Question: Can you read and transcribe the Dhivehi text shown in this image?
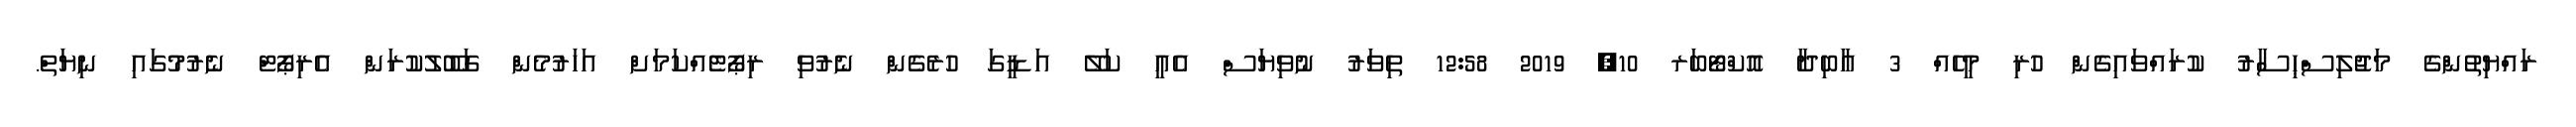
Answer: ރައްޔިތުންގެ މަޖުލިސްޙިސާރު ކުރައްވައިގެން ހުރި މީހެއް 3 އާބިދާ އޮކްޓޯބަރ 10, 2019 12:58 ތިވަރު ނުވިޔަސް އެއީ ކަލޭ އަޑީގަ ހުރެގެން ނެރުވި ރިޕޯޓެއްކަމަށް އަހަރުމެން ގަބޫލުކުރަން އެރިޕޯޓް ނެރުމުގައި ނިޔަތް.